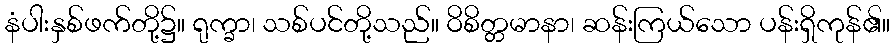
နံပါးနှစ်ဖက်တို့၌။ ရုက္ခာ၊ သစ်ပင်တို့သည်။ ဝိစိတ္တမာနာ၊ ဆန်းကြယ်သော ပန်းရှိကုန်၏။